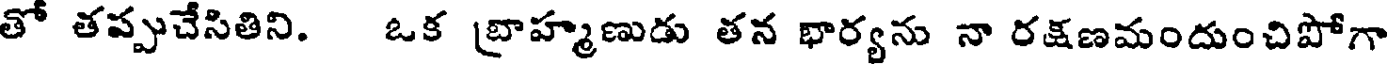
తో తప్పుచేసితిని. ఒక బ్రాహ్మణుడు తన భార్యను నా రక్షణమందుంచిపోగా